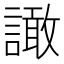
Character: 譀